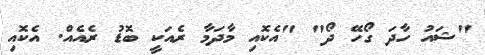
"ޝައު ހާދަ ގޯހޭ ދޯ" "އެކޮއި މާދަމާ ރެއަކީ ބޮޑު ރެއެއް. އެކޮއި